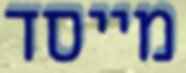
מייסד